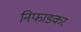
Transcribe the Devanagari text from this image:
निफाडकर